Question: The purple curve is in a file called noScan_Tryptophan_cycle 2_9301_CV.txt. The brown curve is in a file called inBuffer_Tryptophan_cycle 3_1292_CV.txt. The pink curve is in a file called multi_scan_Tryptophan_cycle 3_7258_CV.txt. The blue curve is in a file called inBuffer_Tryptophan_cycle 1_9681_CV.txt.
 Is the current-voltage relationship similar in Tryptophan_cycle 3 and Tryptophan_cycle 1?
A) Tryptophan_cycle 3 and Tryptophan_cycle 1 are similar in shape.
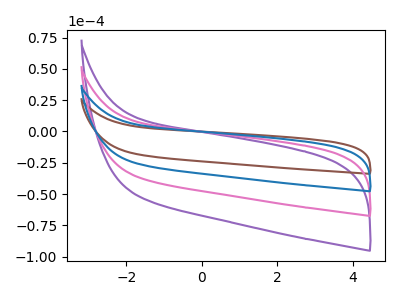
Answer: <think>The purple curve "Tryptophan_cycle 2" has no peaks. The brown curve "Tryptophan_cycle 3" has no peaks. The pink curve "Tryptophan_cycle 3" has no peaks. The blue curve "Tryptophan_cycle 1" has no peaks.
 Neither "Tryptophan_cycle 3" or "Tryptophan_cycle 1" have any peaks.</think>
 <answer>A) "Tryptophan_cycle 3" and "Tryptophan_cycle 1" are similar in shape.</answer>
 <eval>A</eval>